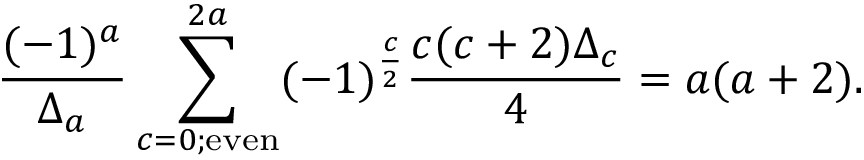
{ \frac { ( - 1 ) ^ { a } } { \Delta _ { a } } } \sum _ { c = 0 ; \mathrm { e v e n } } ^ { 2 a } ( - 1 ) ^ { \frac { c } { 2 } } { \frac { c ( c + 2 ) \Delta _ { c } } { 4 } } = a ( a + 2 ) .